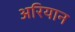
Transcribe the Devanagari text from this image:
अरियान